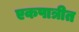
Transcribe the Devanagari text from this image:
एकपात्रीत